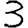
Digit: 3